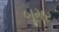
બૂમર